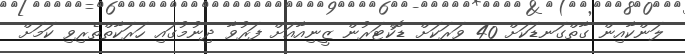
ލަންކާއިން ގާތްގަނޑަކަށް 40 ވަރަކަށް ޑޮކްޓަރުން ޒީނިއާއަށް ފަރުވާ ދިނުމުގައި ހަރަކާތްތެރިވި ކަމަށް